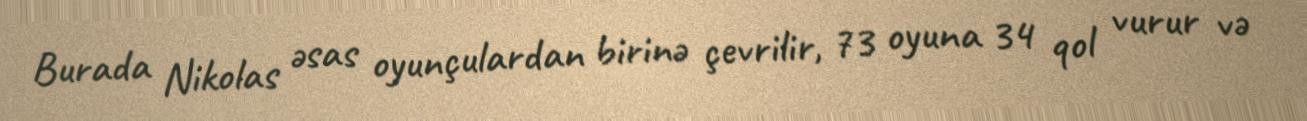
Burada Nikolas əsas oyunçulardan birinə çevrilir, 73 oyuna 34 qol vurur və